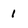
Character: 1